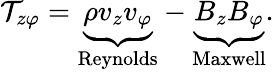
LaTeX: \mathcal{T}_{z\varphi}=\underbrace{\rho v_{z}v_{\varphi}}_{\mathrm{Reynolds}}-\underbrace{B_{z}B_{\varphi}}_{\mathrm{Maxwell}}.